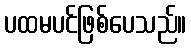
ပထမပင်ဖြစ်ပေသည်။